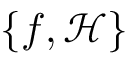
\{ f , { \mathcal { H } } \}